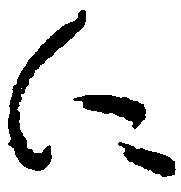
に